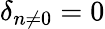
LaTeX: \delta_{n\neq 0}=0